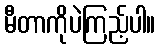
မီတာကိုပဲကြည့်ပါ။